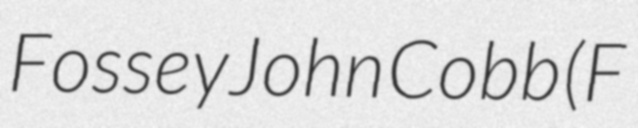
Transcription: Fossey John Cobb (F